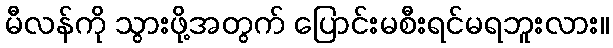
မီလန်ကို သွားဖို့အတွက် ပြောင်းမစီးရင်မရဘူးလား။